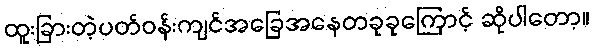
ထူးခြားတဲ့ပတ်ဝန်းကျင်အခြေအနေတခုခုကြောင့် ဆိုပါတော့။